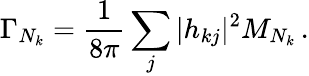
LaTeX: \Gamma_{N_{k}}=\frac{1}{8\pi}\sum_{j}|h_{kj}|^{2}M_{N_{k}}\, .